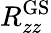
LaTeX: R_{zz}^{\mathrm{GS}}